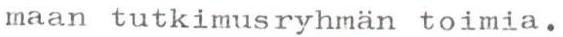
maan tutkimusryhmän toimia.